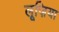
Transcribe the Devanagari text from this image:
लूज़िया